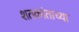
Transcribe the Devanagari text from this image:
शतकांताच्या